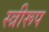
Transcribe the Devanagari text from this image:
स्त्रीरूप